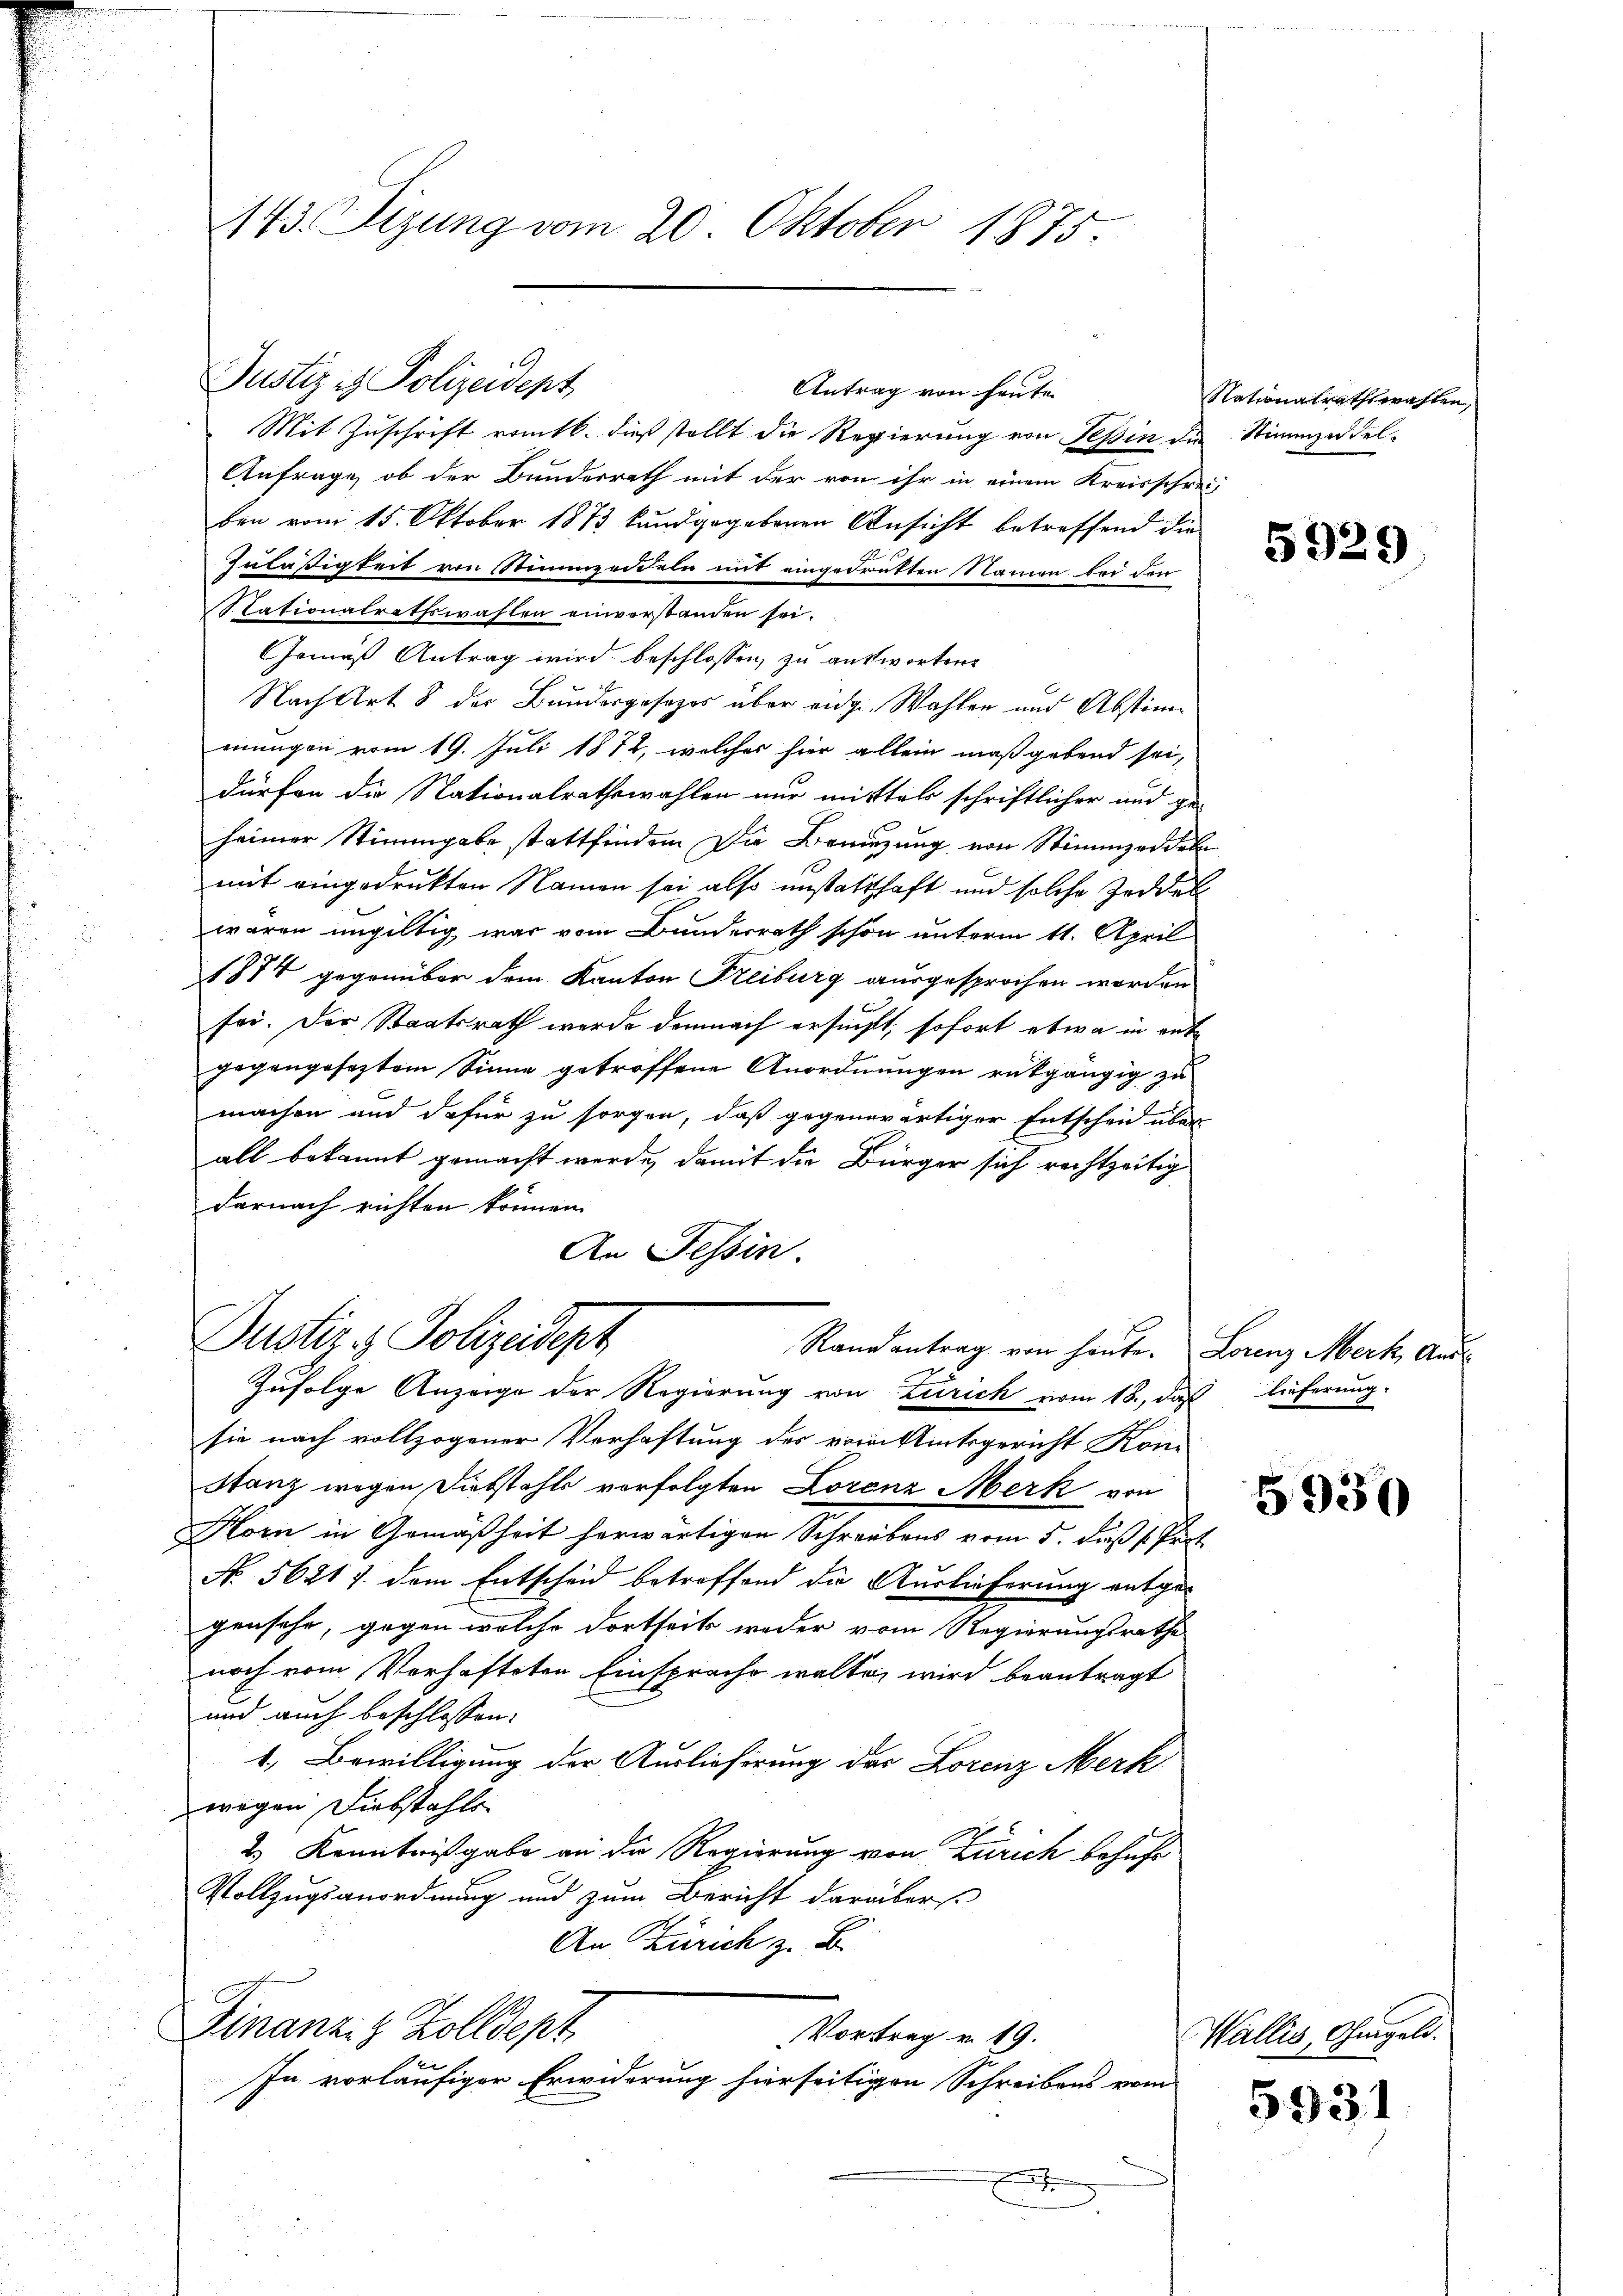
143. Sizung vom 20. Oktober 1875.

Justizis Polizeidept

Antrag von heute
Mit Zuschrift romtb. dieß stellt die Regierung von Tessin die Stimmzeddel¬
Anfrage, ob der Bunderrath mit der von ihr in einem Kreisschrei-
ben vom 15. Oktober 1873 kundgegebenen Ansicht betreffend die
1
Zuläßigkeit von Stimmzeddeln mit eingedrükten Namen bei den
Stationalrethswahlen einverstanden sei.
Gemäß Antrag wird beschlossen, zu antworten.
Nach Art 8 der Bundesgesezes über eidg. Wahlen und Abstimmungen vom 19. Juli 1872, welches hier allein maßgebend sei,
dürfen die Nationalrathswahlen nur mittels schriftlicher und ge-
heimer Stimmgabe stattfinden Die Bewegung von Stimmzeddel
mit eingedrukten Namen sei also unstatthaft und solche Zeddel
waren ungültig war vom Bunderrath schon unterm 11. April
f.774 gegenüber dem Kanton Freiburg ausgesprochen worden
sei. Der Staatsrath werde demnach ersucht, sofort etwa in entb
gegangeseztem Sinne getroffene Anordnungen rükgängig zu
machen und dafür zu sorgen, daß gegenwärtiger Entschen über
all bekannt gemacht werde, damit die Bürger sich rechtzeitig
darnach richten können.
An Tessin
Dustiz & Polizeidept
Randantrag von heute. Lorenz Merk Andr
Zufolge Anzeige der Regierung von Zürich vom 18., daß lieferung.
sie nach vollzogener Verhaftung des von Amtsgericht Koni
stanz wegen Diebstahls vorfolgten Lorenz Merk von
Horn in Gemäßheit herwärtigen Schreibens vom 5. daß v. Prof.
No. 56217. dem Entscheid betroffend die Auslieferung entge-
gensehr, gegen welche dortseits weder vom Regierungsrathe
noch vom Verhafteten Einsprache walten wird beantragt
und auch beschlossen:
1. Bewilligung der Auslieferung des Lorenz Merk
wegen Diebstahls
2 Kenntnißgabe an die Regierung von Zürich behufe
Vollzugsanordnung und zum Bericht darüber
An Zürich z. B.
Finanzis Zolldept
Vortrag v. 19.
In vorläufiger Erwiderung hierseitigen Schreibens vom

Nationalrathswahlen,

5929

5930

Wallis, Ohmgeld.

5931